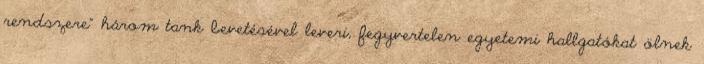
rendszere" három tank bevetésével leveri, fegyvertelen egyetemi hallgatókat ölnek